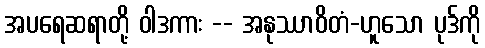
အပရေဆရာတို့ ဝါဒကား -- အနုဿာဝိတံ-ဟူသော ပုဒ်ကို